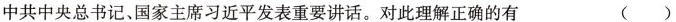
中共中央总书记，国家主席习近平发表重要讲话。对此理解正确的有 ()